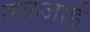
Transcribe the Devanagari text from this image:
तळजाई